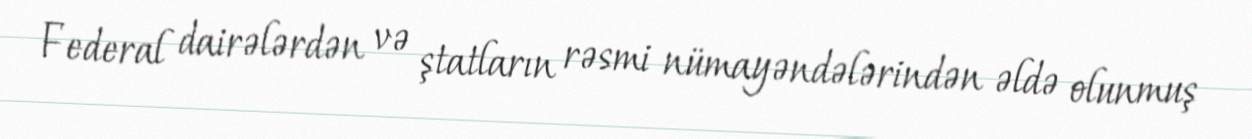
Federal dairələrdən və ştatların rəsmi nümayəndələrindən əldə olunmuş